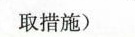
取措施)